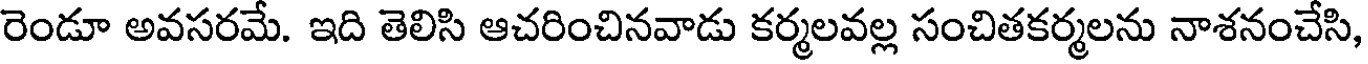
రెండూ అవసరమే. ఇది తెలిసి ఆచరించినవాడు కర్మలవల్ల సంచితకర్మలను నాశనంచేసి,